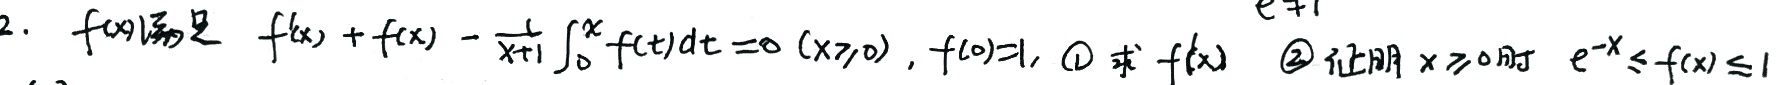
2. \(f(x)\)满足 \(f'(x)+f(x)-\frac{1}{x + 1}\int_{0}^{x}f(t)dt = 0\ (x\geq0)\), \(f(0)=1\), \(\textcircled{1}\) 求 \(f(x)\) \(\textcircled{2}\) 证明 \(x\geq0\)时 \(e^{-x}\leq f(x)\leq1\)